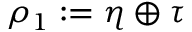
\rho _ { 1 } : = \eta \oplus \tau